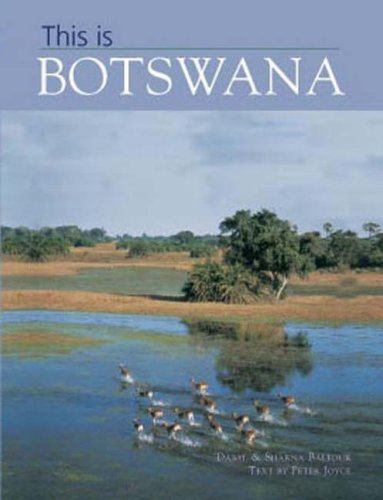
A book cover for This is Botswana; Peter Joyce; Travel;